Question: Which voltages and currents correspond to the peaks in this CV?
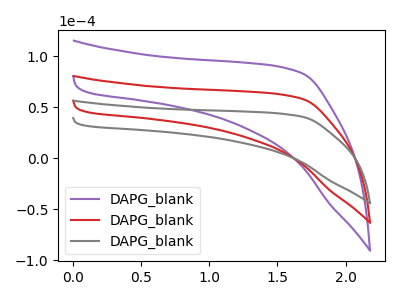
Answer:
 <answer>The purple curve "DAPG_blank1" has no peaks. The red curve "DAPG_blank2" has no peaks. The gray curve "DAPG_blank3" has no peaks.</answer>
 <eval></eval>